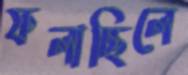
ফলাচ্ছিলে